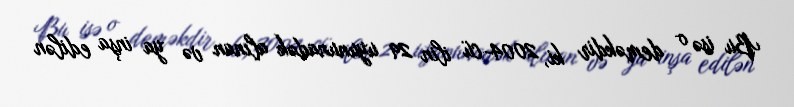
Bu isə o deməkdir ki, 2004-cü ilin 29 uyununadək alınan və ya inşa edilən